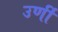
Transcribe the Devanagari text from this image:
उर्णी